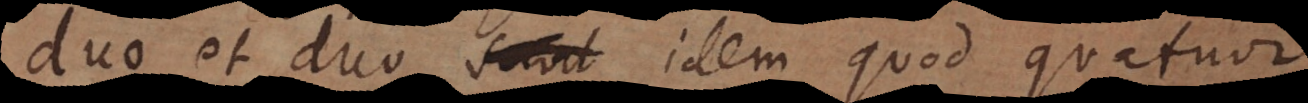
duo et duo idem quod quatuor,